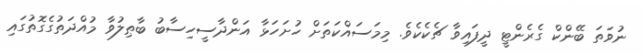
ނުވަތަ ބޭންކް ގެރެންޓީ ދީފައިވާ ޗެކެކެވެ. މިމަސައްކަތަށް ހުށަހަޅާ އަންދާސީހިސާބު ބާޠިލުވާ މުއްދަތުގެގޮތުގައި